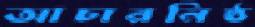
আচারনিষ্ঠ